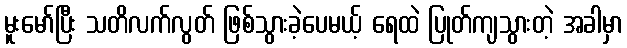
မူးမော်ပြီး သတိလက်လွတ် ဖြစ်သွားခဲ့ပေမယ့် ရေထဲ ပြုတ်ကျသွားတဲ့ အခါမှာ